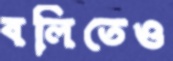
বলিতেও